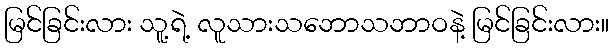
မြင်ခြင်းလား သူ့ရဲ့ လူသားသဘောသဘာဝနဲ့ မြင်ခြင်းလား။